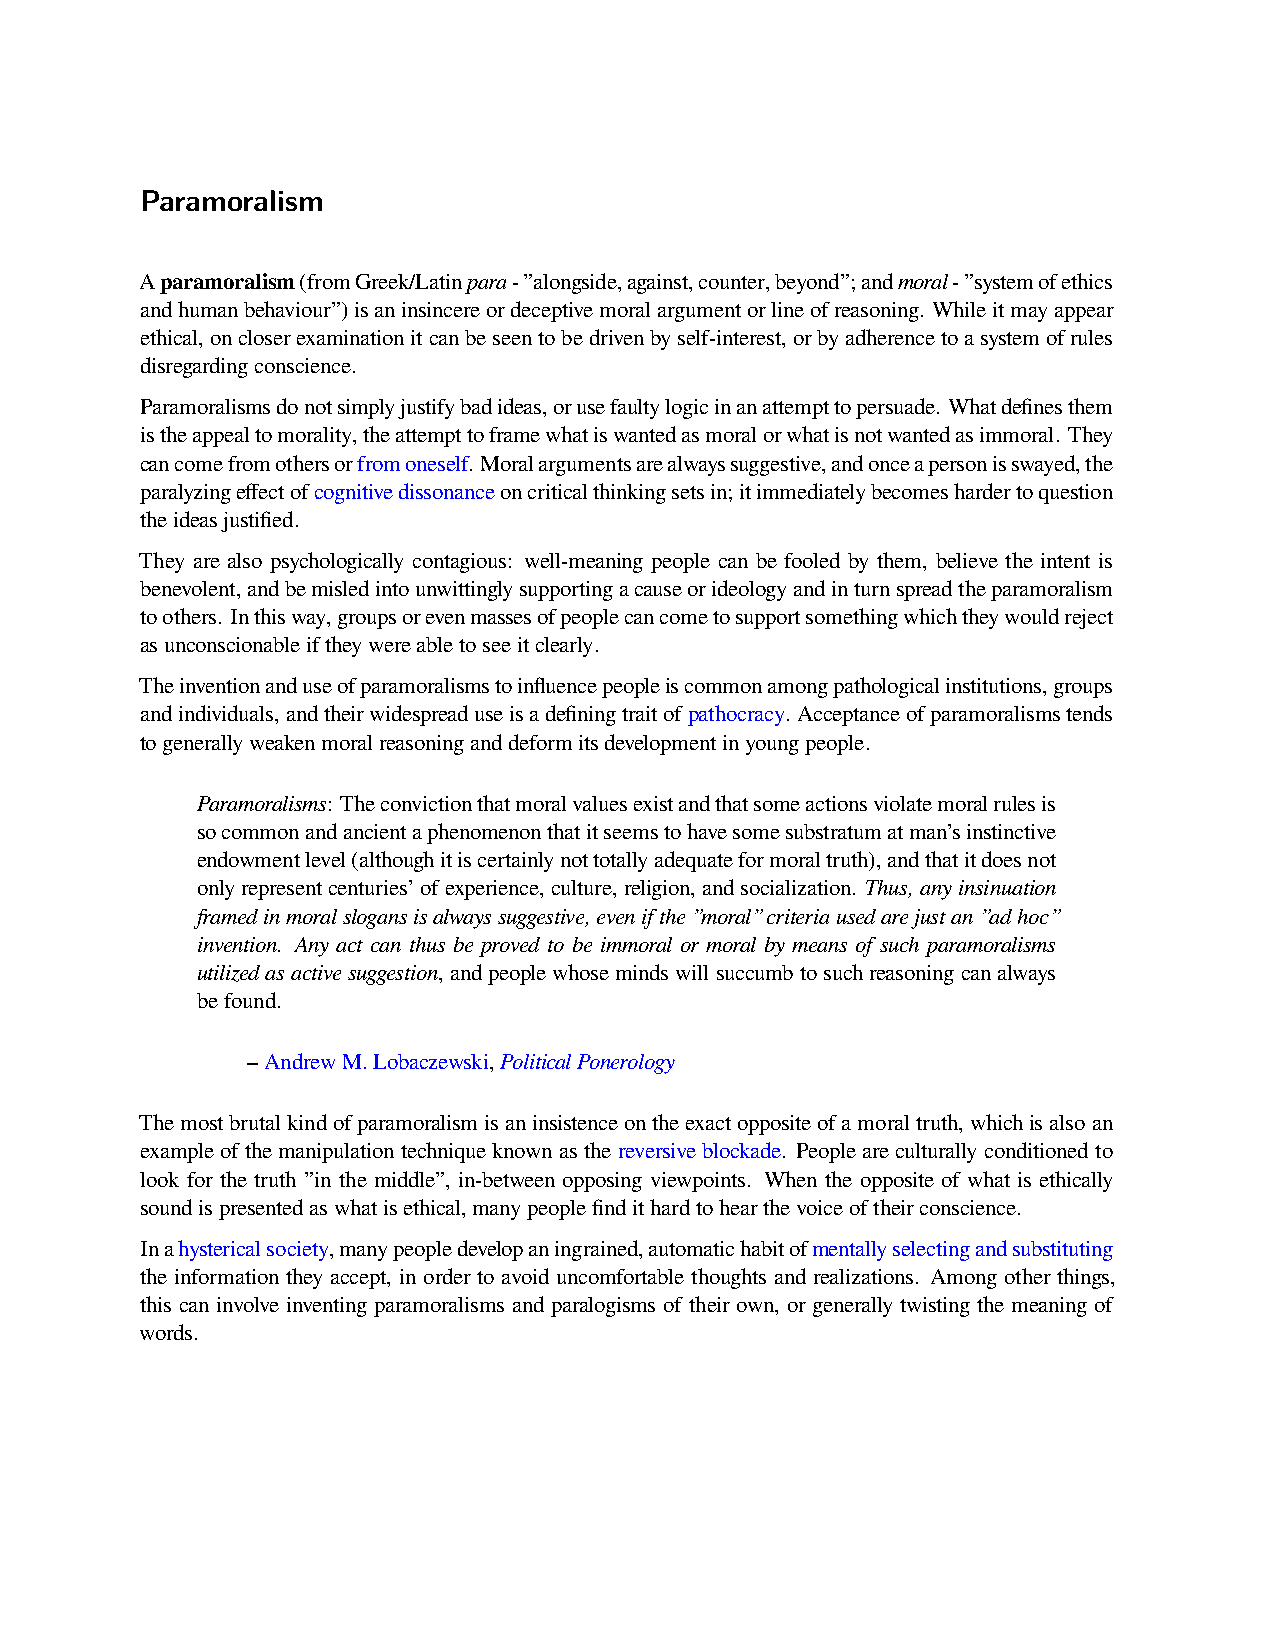
Paramoralism
 Aparamoralism(fromGreek/Latinpara-”alongside,against,counter,beyond”;andmoral-”systemofethics
 andhumanbehaviour”)isaninsincereordeceptivemoralargumentorlineofreasoning. Whileitmayappear
 ethical,oncloserexaminationitcanbeseentobedrivenbyself-interest,orbyadherencetoasystemofrules
 disregardingconscience.
 Paramoralismsdonotsimplyjustifybadideas,orusefaultylogicinanattempttopersuade. Whatdefinesthem
 istheappealtomorality,theattempttoframewhatiswantedasmoralorwhatisnotwantedasimmoral. They
 cancomefromothersorfromoneself. Moralargumentsarealwayssuggestive,andonceapersonisswayed,the
 paralyzingeffectofcognitivedissonanceoncriticalthinkingsetsin;itimmediatelybecomeshardertoquestion
 theideasjustified.
 They are also psychologically contagious: well-meaning people can be fooled by them, believe the intent is
 benevolent,andbemisledintounwittinglysupportingacauseorideologyandinturnspreadtheparamoralism
 toothers. Inthisway,groupsorevenmassesofpeoplecancometosupportsomethingwhichtheywouldreject
 asunconscionableiftheywereabletoseeitclearly.
 Theinventionanduseofparamoralismstoinfluencepeopleiscommonamongpathologicalinstitutions,groups
 andindividuals,andtheirwidespreaduseisadefiningtraitofpathocracy. Acceptanceofparamoralismstends
 togenerallyweakenmoralreasoninganddeformitsdevelopmentinyoungpeople.
 Paramoralisms: Theconvictionthatmoralvaluesexistandthatsomeactionsviolatemoralrulesis
 socommonandancientaphenomenonthatitseemstohavesomesubstratumatman’sinstinctive
 endowmentlevel(althoughitiscertainlynottotallyadequateformoraltruth),andthatitdoesnot
 onlyrepresentcenturies’ofexperience,culture,religion,andsocialization. Thus,anyinsinuation
 framedinmoralslogansisalwayssuggestive,evenifthe”moral”criteriausedarejustan”adhoc”
 invention. Any act can thus be proved to be immoral or moral by means of such paramoralisms
 utilizedasactivesuggestion,andpeoplewhosemindswillsuccumbtosuchreasoningcanalways
 befound.
 –AndrewM.Lobaczewski,PoliticalPonerology
 Themostbrutalkindofparamoralismisaninsistenceontheexactoppositeofamoraltruth,whichisalsoan
 exampleofthemanipulationtechniqueknownasthereversiveblockade. Peopleareculturallyconditionedto
 look for the truth ”in the middle”, in-between opposing viewpoints. When the opposite of what is ethically
 soundispresentedaswhatisethical,manypeoplefindithardtohearthevoiceoftheirconscience.
 Inahystericalsociety,manypeopledevelopaningrained,automatichabitofmentallyselectingandsubstituting
 the information they accept, in order to avoid uncomfortable thoughts and realizations. Among other things,
 this can involve inventing paramoralisms and paralogisms of their own, or generally twisting the meaning of
 words.